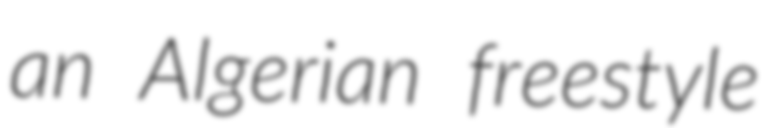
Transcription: an Algerian freestyle